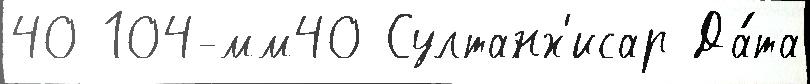
40 104-мм40 Султанх'исар Да́та